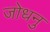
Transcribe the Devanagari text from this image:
जोधनु